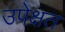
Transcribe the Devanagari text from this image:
उपेक्षत